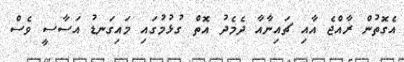
އެގޮތުން ރާއްޖެ އާއި ޗައިނާއާ ދެމެދު އޮތް ގުޅުމުގައި މައިގަނޑު އަސާސީ ވެސް